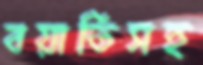
বয়াতিসহ